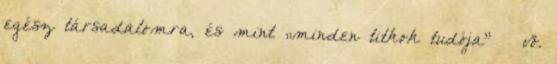
egész társa­da­lomra, és mint „minden titkok tudója” – vö.